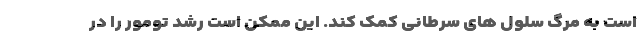
است به مرگ سلول های سرطانی کمک کند. این ممکن است رشد تومور را در